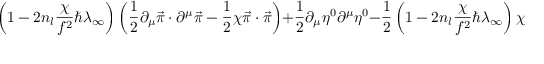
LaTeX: \left( 1 - 2 n _ { l } \frac { \chi } { f ^ { 2 } } \hbar \lambda _ { \infty } \right) \left( \frac { 1 } { 2 } \partial _ { \mu } \vec { \pi } \cdot \partial ^ { \mu } \vec { \pi } - \frac { 1 } { 2 } \chi \vec { \pi } \cdot \vec { \pi } \right) + \frac { 1 } { 2 } \partial _ { \mu } \eta ^ { 0 } \partial ^ { \mu } \eta ^ { 0 } - \frac { 1 } { 2 } \left( 1 - 2 n _ { l } \frac { \chi } { f ^ { 2 } } \hbar \lambda _ { \infty } \right) \chi ( \eta ^ { 0 } ) ^ { 2 } ,